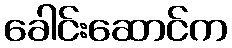
ခေါင်းဆောင်က